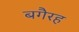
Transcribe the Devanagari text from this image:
बगैरह